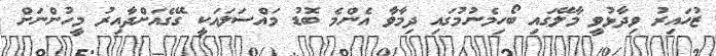
ޒުހައިރު ވިދާޅުވީ މާލޭގައި ބޯހިމެނުމުގައި ދިމާވާ އެންމެ ބޮޑު މައްސަލައަކީ ގޭގެއަށްދާއިރު މީހުންނަށް